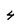
Character: 4